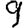
Digit: 9